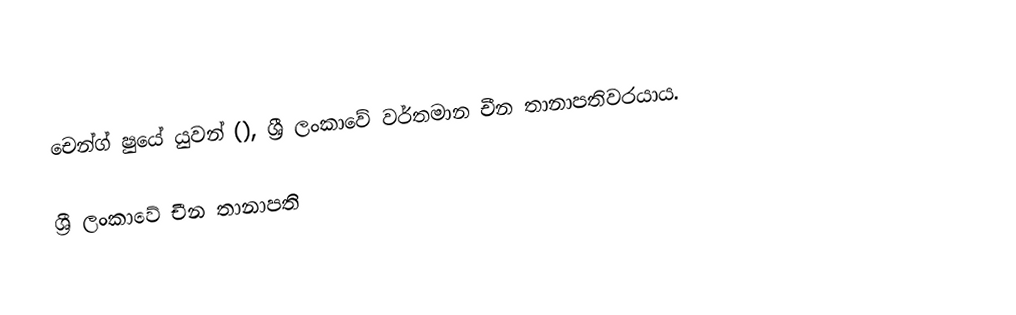
චෙන්ග් ෂුයේ යුවන් (), ශ්‍රී ලංකාවේ වර්තමාන චීන තානාපතිවරයාය.

ශ්‍රී ලංකාවේ චීන තානාපති